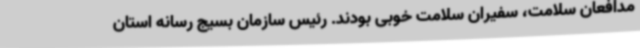
مدافعان سلامت، سفیران سلامت خوبی بودند. رئیس سازمان بسیج رسانه استان